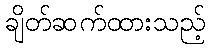
ချိတ်ဆက်ထားသည့်